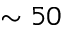
\sim 5 0